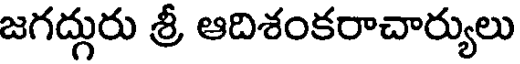
జగద్గురు శ్రీ ఆదిశంకరాచార్యులు